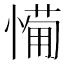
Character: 𢟡